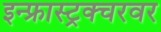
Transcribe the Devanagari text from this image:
इन्फ्रास्ट्रक्चरवर